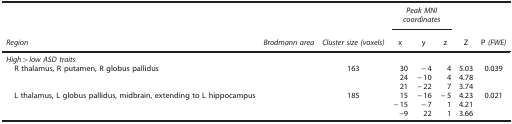
<table><thead><tr><td><b> </b></td><td><b> </b></td><td><b> </b></td><td colspan="3"><b><i>Peak MNI coordinates</i></b></td><td><b> </b></td><td><b> </b></td></tr><tr><td><b><i>Region</i></b></td><td><b><i>Brodmann area</i></b></td><td><b><i>Cluster size (voxels)</i></b></td><td><b>x</b></td><td><b>y</b></td><td><b>z</b></td><td><b>Z</b></td><td><b>P <i>(FWE)</i></b></td></tr></thead><tbody><tr><td colspan="8"><i>High&gt;low ASD traits</i></td></tr><tr><td> R thalamus, R putamen, R globus pallidus</td><td> </td><td>163</td><td>30</td><td>−4</td><td>4</td><td>5.03</td><td>0.039</td></tr><tr><td> </td><td> </td><td> </td><td>24</td><td>−10</td><td>4</td><td>4.78</td><td> </td></tr><tr><td> </td><td> </td><td> </td><td>21</td><td>−22</td><td>7</td><td>3.74</td><td> </td></tr><tr><td> L thalamus, L globus pallidus, midbrain, extending to L hippocampus</td><td> </td><td>185</td><td>15</td><td>−16</td><td>−5</td><td>4.23</td><td>0.021</td></tr><tr><td> </td><td> </td><td> </td><td>−15</td><td>−7</td><td>1</td><td>4.21</td><td> </td></tr><tr><td> </td><td> </td><td> </td><td>−9</td><td>22</td><td>1</td><td>3.66</td><td> </td></tr></tbody></table>